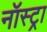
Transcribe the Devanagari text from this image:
नॉस्ट्रा